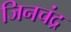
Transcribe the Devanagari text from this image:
जिनचंद्र